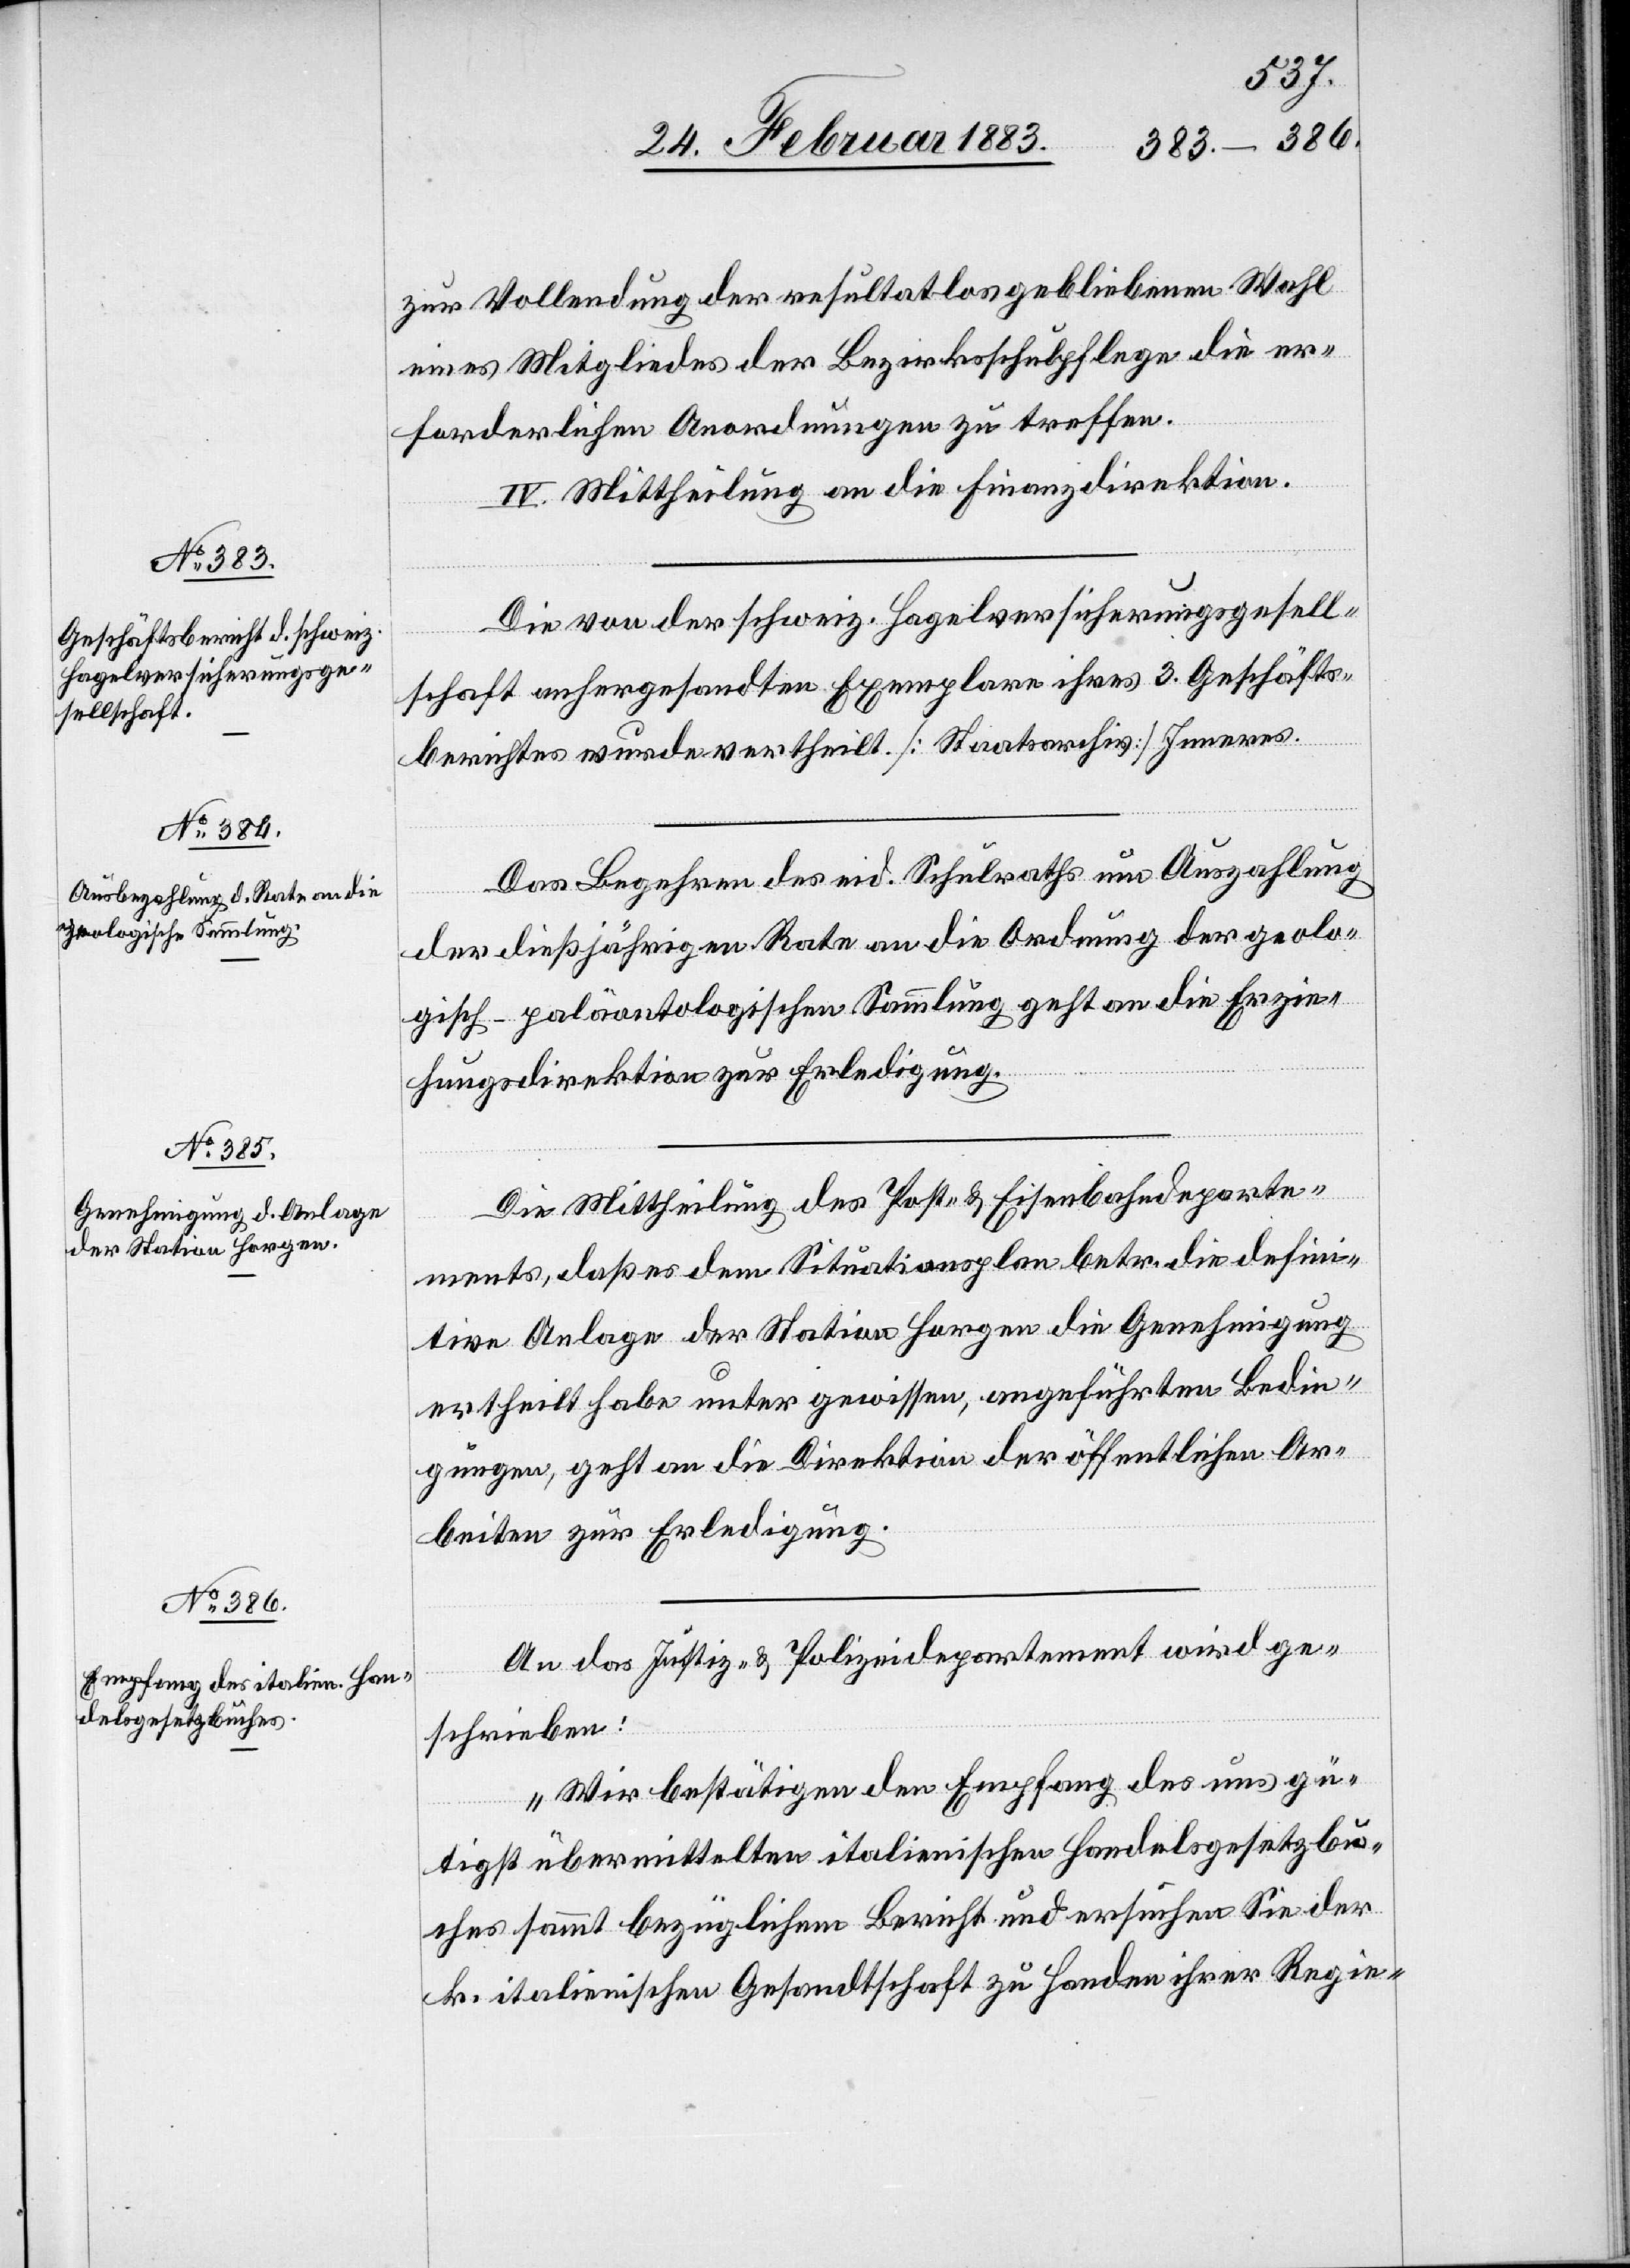
27. Februar 1883.]
zur Vollendung der resultatlos gebliebenen Wahl
eines Mitgliedes der Bezirksschulpflege die er¬
forderlichen Anordnungen zu treffen.
IV. Mittheilung an die Finanzdirektion.
Die von der schweiz. Hagelversicherungsgesell¬
schaft anhergesandten Exemplare ihres 3. Geschäfts¬
berichtes wurden vertheilt. [Staatsarchiv] Inneres.
Das Begehren des eid. Schulraths um Auszahlung
der dießjährigen Rate an die Ordnung der geolo¬
gisch-paläontologischen Sammlung geht an die Erzie¬
hungsdirektion zur Erledigung.
Die Mittheilung des Post- & Eisenbahndeparte¬
ments, daß es dem Situationsplan betr. die defini¬
tive Anlage der Station Horgen die Genehmigung
ertheilt habe unter gewissen, angeführten Bedin¬
gungen, geht an die Direktion der öffentlichen Ar¬
beiten zur Erledigung.
An das Justiz- & Polizeidepartement wird ge¬
schrieben:
„Wir bestätigen den Empfang des uns gü¬
tigst übermittelten italienischen Handelsgesetzbu¬
ches sammt bezüglichem Bericht und ersuchen Sie der
k. italienischen Gesandtschaft zu Handen ihrer Regie-